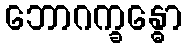
ဘောဂက္ခန္ဓော